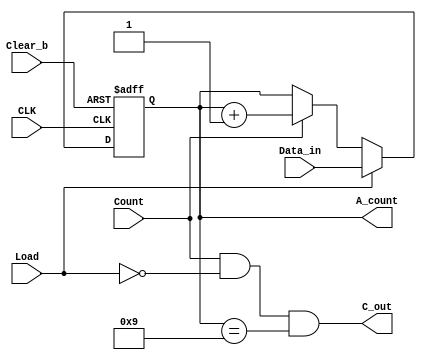
module bcdCount (
                  output reg [3: 0] A_count, // Data output
                  output C_out, // Output carry
                  input [3: 0] Data_in, // Data input
                  input Count, // Active high to count
                  input Load, // Active high to load
                  input CLK, // Positive-edge sensitive
                  input Clear_b ); // Active low

assign C_out = Count && (~Load) && (A_count == 4'b1001);
always @ ( posedge CLK, negedge Clear_b)
if (~Clear_b) A_count <= 4'b0000;
else begin if (Load) A_count <= Data_in;
else if (Count) A_count <= A_count + 4'b0001;
else A_count <= A_count;
end
endmodule